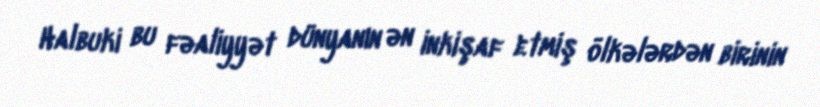
Halbuki bu fəaliyyət dünyanın ən inkişaf etmiş ölkələrdən birinin